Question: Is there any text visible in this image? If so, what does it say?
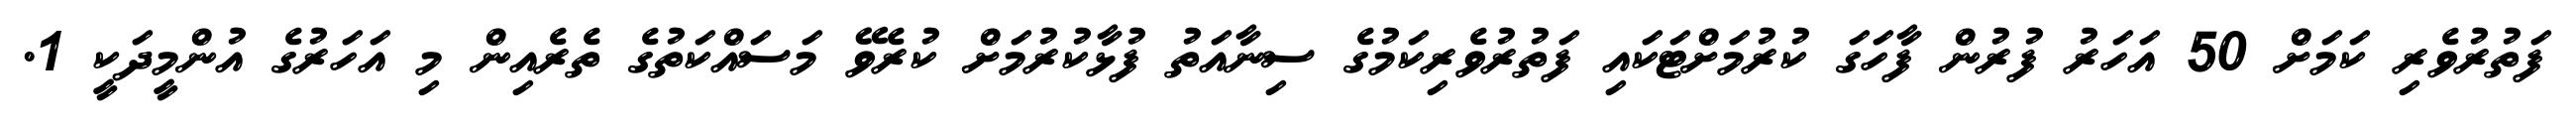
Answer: ފަތުރުވެރި ކަމަށް 50 އަހަރު ފުރުން ފާހަގަ ކުރުމަށްޓަކައި ފަތުރުވެރިކަމުގެ ސިނާއަތު ފުޅާކުރުމަށް ކުރެވޭ މަސައްކަތުގެ ތެރެއިން މި އަހަރުގެ އުންމީދަކީ 1.